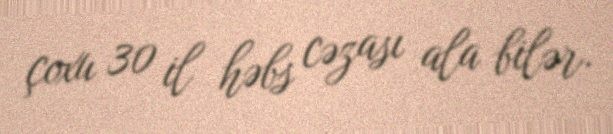
çoxu 30 il həbs cəzası ala bilər.